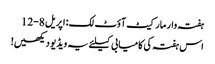
ہفتہ وار مارکیٹ آؤٹ لک: اپریل 8-12
اس ہفتہ کی کامیابی کیلئے یہ ویڈیو دیکھیں!